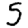
Digit: 5